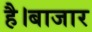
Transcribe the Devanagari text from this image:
है।बाजार